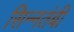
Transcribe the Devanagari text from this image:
सिन्नतंबी